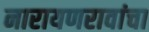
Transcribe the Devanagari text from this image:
नारायणरावांचा